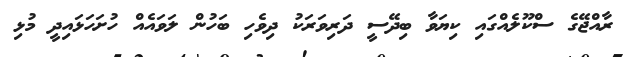
ރާއްޖޭގެ ސްކޫލެއްގައި ކިޔަވާ ބިދޭސީ ދަރިވަރަކު ދިވެހި ބަހުން ލަވައެއް ހުށަހަޅައިދީ މުޅި